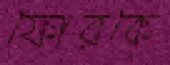
ফোরকে